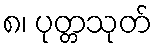
၈၊ ပုတ္တသုတ်